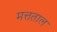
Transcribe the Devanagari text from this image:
मत्तताल